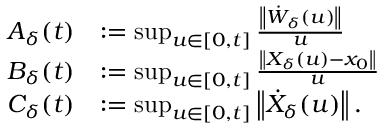
\begin{array} { r l } { A _ { \delta } ( t ) } & { : = \operatorname* { s u p } _ { u \in [ 0 , t ] } \frac { \left\Vert \dot { W } _ { \delta } ( u ) \right\Vert } { u } } \\ { B _ { \delta } ( t ) } & { : = \operatorname* { s u p } _ { u \in [ 0 , t ] } \frac { \left\Vert X _ { \delta } ( u ) - x _ { 0 } \right\Vert } { u } } \\ { C _ { \delta } ( t ) } & { : = \operatorname* { s u p } _ { u \in [ 0 , t ] } \left\Vert \dot { X } _ { \delta } ( u ) \right\Vert . } \end{array}